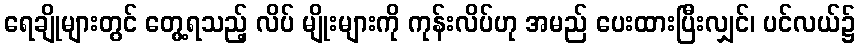
ရေချိုများတွင် တွေ့ရသည့် လိပ် မျိုးများကို ကုန်းလိပ်ဟု အမည် ပေးထားပြီးလျှင်၊ ပင်လယ်၌